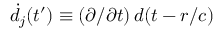
\dot { d } _ { j } ( t ^ { \prime } ) \equiv ( \partial / \partial t ) \, d ( t - r / c )